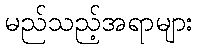
မည်သည့်အရာများ